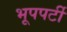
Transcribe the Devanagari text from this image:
भूपपर्टी